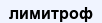
лимитроф